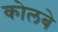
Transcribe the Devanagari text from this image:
कोलबे